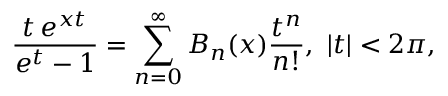
\frac { t \, e ^ { x t } } { e ^ { t } - 1 } = \sum _ { n = 0 } ^ { \infty } B _ { n } ( x ) \frac { t ^ { n } } { n ! } , \, \, | t | < 2 \pi ,